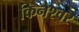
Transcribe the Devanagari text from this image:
किनेश्वर